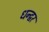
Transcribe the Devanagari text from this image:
धन्द्वर